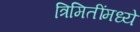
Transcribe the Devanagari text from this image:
त्रिमितींमध्ये